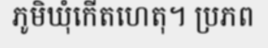
ភូមិឃុំកើតហេតុ។ ប្រភព